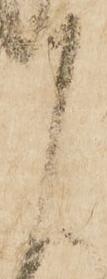
に